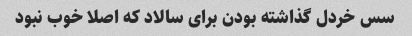
سس خردل گذاشته بودن براى سالاد که اصلا خوب نبود